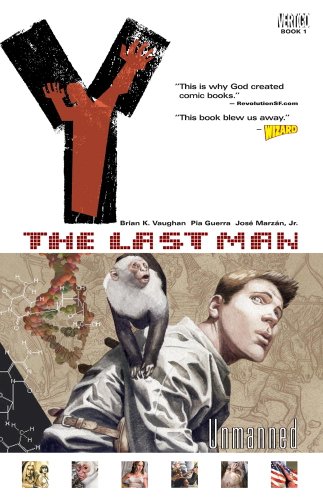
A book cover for Y: The Last Man, Vol. 1: Unmanned; Brian K. Vaughan; Comics & Graphic Novels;